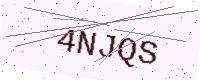
Text: 4NJQS